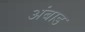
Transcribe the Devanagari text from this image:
अंबाड